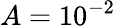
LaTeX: A=10^{-2}